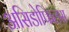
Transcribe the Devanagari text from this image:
असिडोफिलस